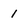
Character: 1